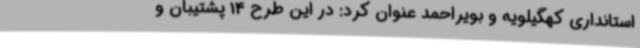
استانداری کهگیلویه و بویراحمد عنوان کرد: در این طرح 14 پشتیبان و